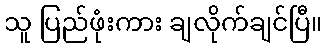
သူ ပြည်ဖုံးကား ချလိုက်ချင်ပြီ။